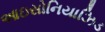
આઇસોનિયાઝિડ